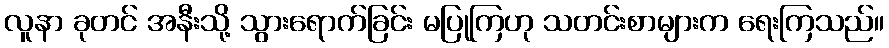
လူနာ ခုတင် အနီးသို့ သွားရောက်ခြင်း မပြုကြဟု သတင်းစာများက ရေးကြသည်။